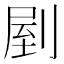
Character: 剭